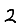
Digit: 2